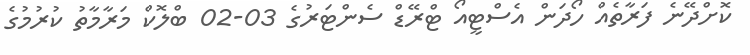
ކޮށްދޭނެ ފަރާތެއް ހޯދަން އެސްޓީއޯ ޓްރޭޑް ސެންޓަރުގެ 03-02 ބްލޮކް މަރާމާތު ކުރުމުގެ